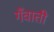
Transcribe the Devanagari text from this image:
गँवाती